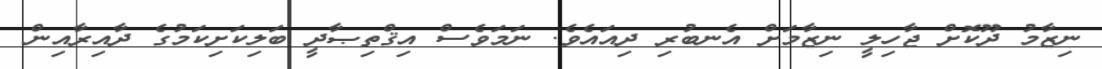
ނިޒާމު ދޫކޮށް ޖާހިލީ ނިޒާމަށް އެނބުރި ދިއައެވެ. ނަމަވެސް އިޤްތިޞާދީ ބަލިކަށިކަމުގެ ދާއިރާއިން